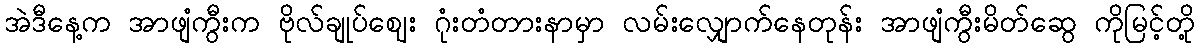
အဲဒီနေ့က အာဖျံကွီးက ဗိုလ်ချုပ်ဈေး ဂုံးတံတားနာမှာ လမ်းလျှောက်နေတုန်း အာဖျံကွီးမိတ်ဆွေ ကိုမြင့်တို့